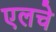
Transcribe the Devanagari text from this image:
एलचे